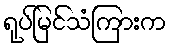
ရုပ်မြင်သံကြားက